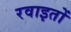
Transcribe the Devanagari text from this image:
रवाइतों